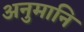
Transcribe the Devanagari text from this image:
अनुमानि